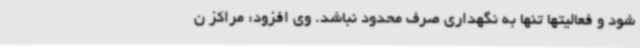
شود و فعالیتها تنها به نگهداری صرف محدود نباشد. وی افزود: مراکز ن